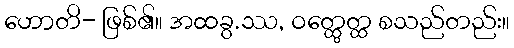
ဟောတိ- ဖြစ်၏။ အထခွ.ဿ, ဝတ္ထွေတ္ထ စသည်တည်း။